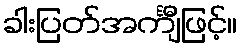
ခါးပြတ်အင်္ကျီဖြင့်။